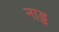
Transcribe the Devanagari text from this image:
नाड्ड